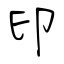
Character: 印